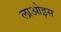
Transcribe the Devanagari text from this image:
लाओइस